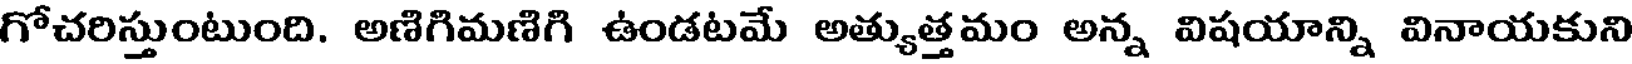
గోచరిస్తుంటుంది. అణిగిమణిగి ఉండటమే అత్యుత్తమం అన్న విషయాన్ని వినాయకుని